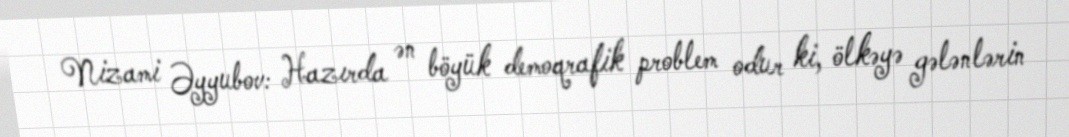
Nizami Əyyubov: Hazırda ən böyük demoqrafik problem odur ki, ölkəyə gələnlərin